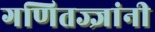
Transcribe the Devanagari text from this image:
गणितज्ज्ञांनी